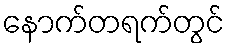
နောက်တရက်တွင်